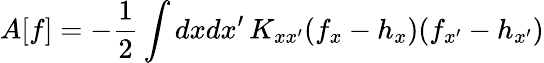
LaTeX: A[f]=-\frac{1}{2}\int dxdx^{\prime}\, K_{xx^{\prime}}(f_{x}-h_{x})(f_{x^{\prime}}-h_{x^{\prime}})